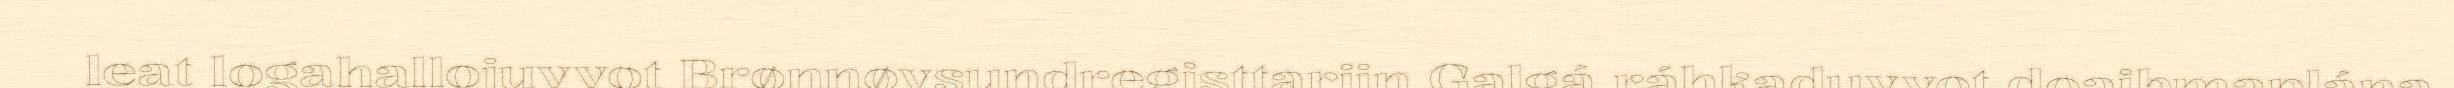
leat logahallojuvvot Brønnøysundregisttariin Galgá ráhkaduvvot doaibmaplána